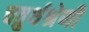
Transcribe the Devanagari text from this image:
चतुर्थश्रेणी